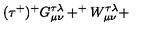
( \tau ^ { + } ) ^ { + } G _ { \mu \nu } ^ { \tau \lambda } + ^ { + } W _ { \mu \nu } ^ { \tau \lambda } +